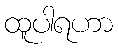
ထူပါရဟာ